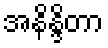
အနိန္ဒိတာ